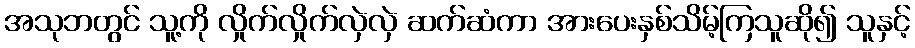
အသုဘတွင် သူ့ကို လှိုက်လှိုက်လှဲလှဲ ဆက်ဆံကာ အားပေးနှစ်သိမ့်ကြသူဆို၍ သူနှင့်